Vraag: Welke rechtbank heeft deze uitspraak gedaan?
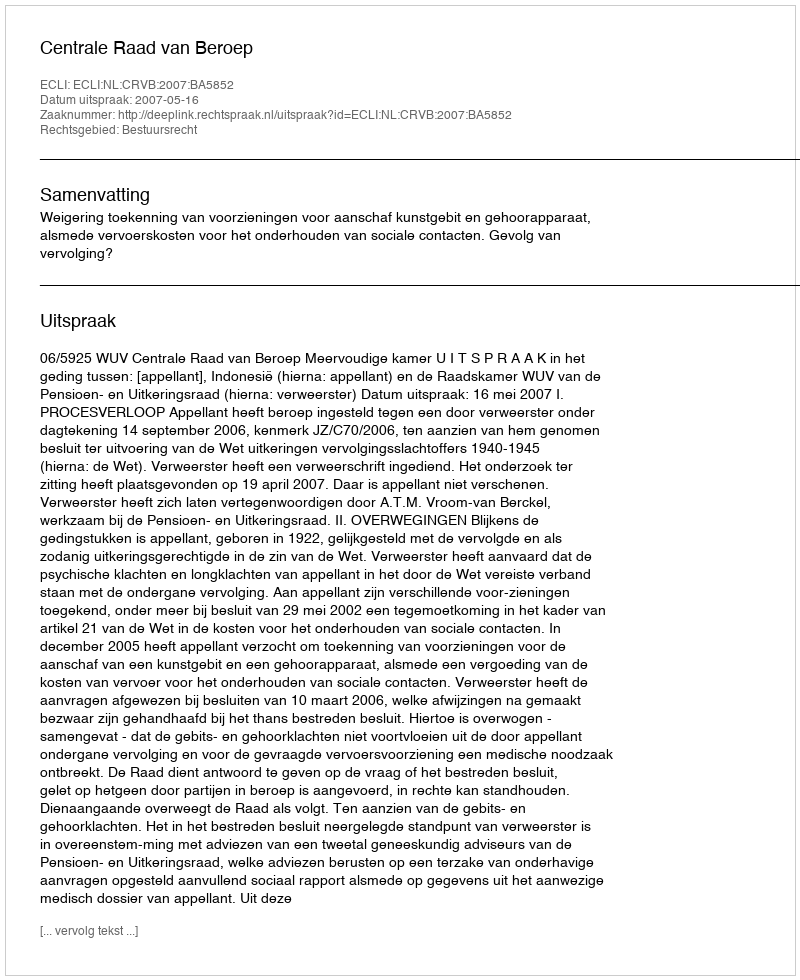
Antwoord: Centrale Raad van Beroep